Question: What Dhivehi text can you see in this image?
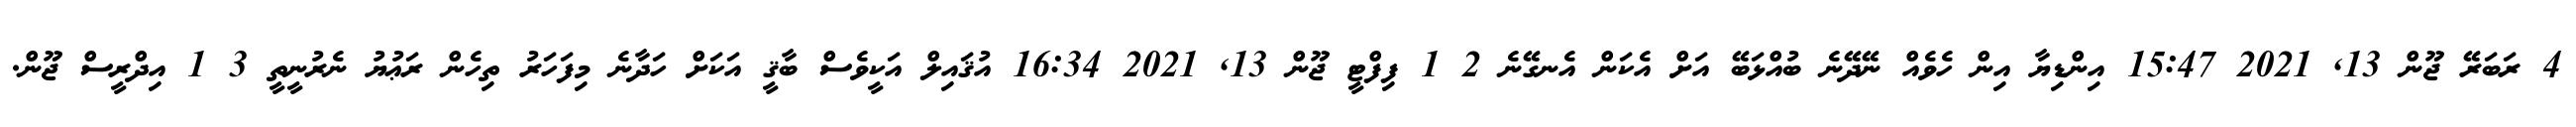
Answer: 4 ރަބަރޭ ޖޫން 13, 2021 15:47 އިންޑިޔާ އިން ހެވެއް ނޭދޭނެ ބުއްޅަބޭ އަށް އެކަން އެނގޭނެ 2 1 ފިފްޓީ ޖޫން 13, 2021 16:34 އުޤައިލް އަކީވެސް ބާޤީ އަކަށް ހަދާނެ މިފަހަރު ތިހެން ރަޢުޔު ނެރުނީތީ 3 1 އިދްރީސް ޖޫން.